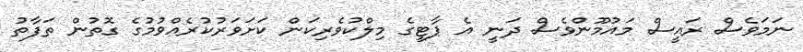
ނަމަވެސް ރައީސް މައުމޫންވެސް ދަނީ އެ ޕާޓީގެ މިލްކުވެރިކަން ކަށަވަރުކުރެއްވުމުގެ ގޮތުން ތަފާތު